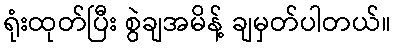
ရုံးထုတ်ပြီး စွဲချအမိန့် ချမှတ်ပါတယ်။